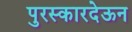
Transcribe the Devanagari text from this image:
पुरस्कारदेऊन